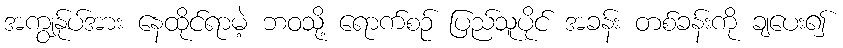
အကျွန်ုပ်အား နေထိုင်ရာမဲ့ ဘဝသို့ ရောက်စဉ် ပြည်သူပိုင် အခန်း တစ်ခန်းကို ချပေး၍